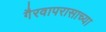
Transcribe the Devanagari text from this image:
गैरवापरासाच्या